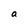
Character: a